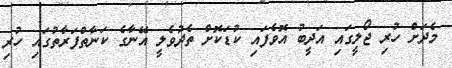
މެދަށް ހުރި ޖޯލީގައި އަދީބު އޮވެފައި ކުޑަކޮށް ތެދުވެލީ އޭނާގެ ކަނާތްފަރާތުގައި ހުރި